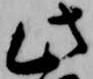
此